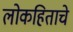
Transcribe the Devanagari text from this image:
लोकहिताचे